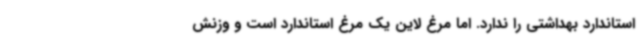
استاندارد بهداشتی را ندارد. اما مرغ لاین یک مرغ استاندارد است و وزنش